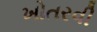
ખોતરવી